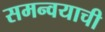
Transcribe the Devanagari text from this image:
समन्वयाची